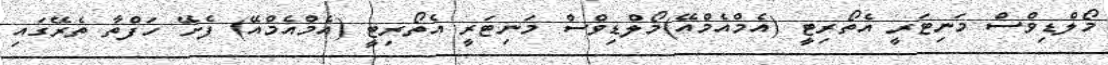
މޯލްޑިވްސް މަނިޓަރީ އެތޯރިޓީ (އެމްއެމްއޭ)މޯލްޑިވްސް މަނިޓަރީ އެތޯރިޓީ (އެމްއެމްއޭ) ފެށޭ ހަފްތާ ތެރޭގައި